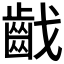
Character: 𪗠